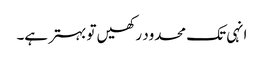
انہی تک محدود رکھیں تو بہتر ہے۔